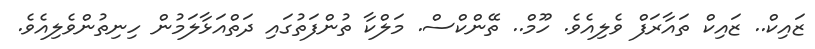
ޒައިކް.. ޒައިކް ތައާރަފް ވެލިއެވެ. ހޫމް.. ތޭންކްސް. މަލްކާ ތުންފަތުގައި ދަތްއަޅާލަމުން ހިނިތުންވެލިއެވެ.